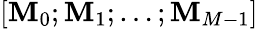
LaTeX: [\textbf{M}_{0};\textbf{M}_{1};\ldots;\textbf{M}_{M-1}]